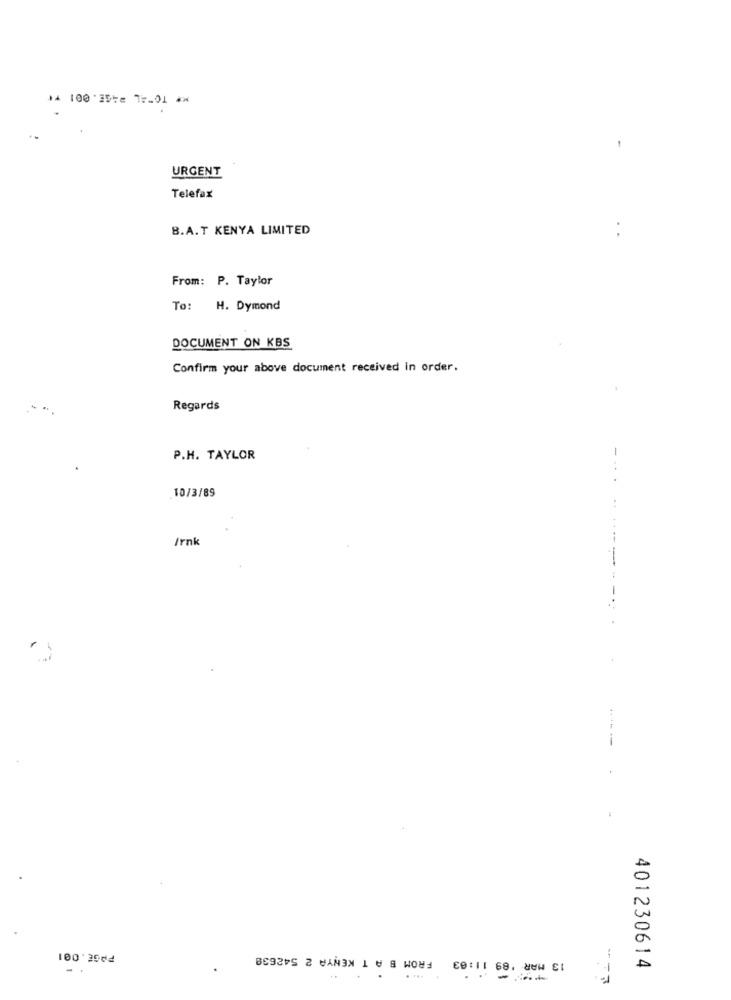
14 100:3514 77-01 **
URGENT
Telefax
8.A.T KENYA LIMITED
From: P. Taylor
To:
H. Dymond
DOCUMENT ON KBS
Confirm your above document received in order.
Regards
P.H. TAYLOR
10/3/89
Irnk
-------
----
FROM B A T KENYA 2 542639
100'2004
13 MAR '89 11:03
. ..
401230614
..... .
---